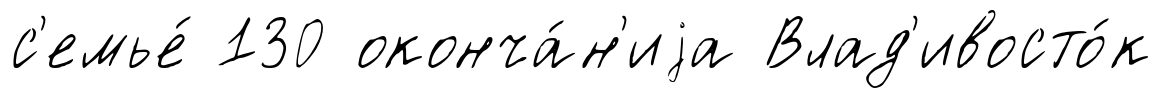
с'емье́ 130 оконча́н'иjа Влад'ивосто́к